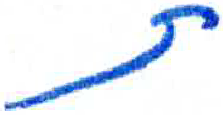
אות: ת